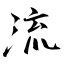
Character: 流